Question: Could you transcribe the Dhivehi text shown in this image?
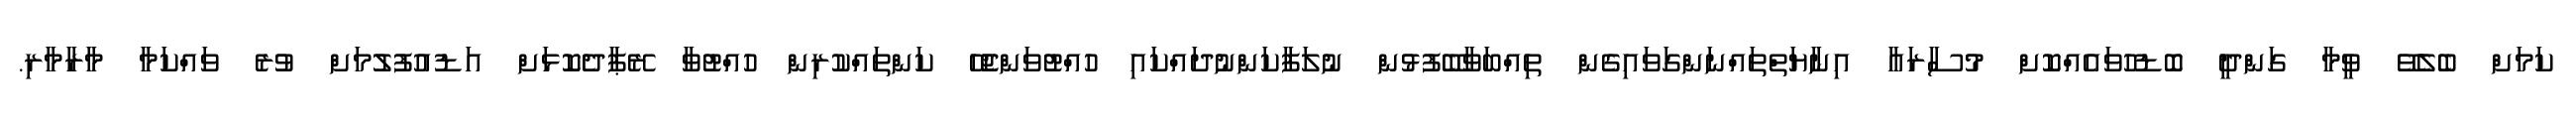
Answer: ކަމަށް ބެލެވޭ ވީމާ ގަންދީ ބޮޑުހުވައެއްކޮށް މުސާރައާ އިނާޔަތްތައްނަންގަވައިގެން ތިއްބަވާބޭފުޅުން ނުލަފާކަންނުދައްކައި ހުއްޓުވަންޖެހޭ ކަންތައްކުރިން ހުއްޓުވާ ރޭޕާދެކޮޅަށް އަޑުއުފުލުމަށް ވުރެ ވައްކަމާ މާރާމާރި.